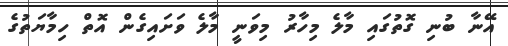
އޭނާ ބުނި ގޮތުގައި މާލެ މިހާރު މިވަނީ މާލެ ވަށައިގެން އޮތް ހިމާޔަތުގެ